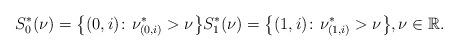
LaTeX: \begin{align*}S_0^*(\nu) = \big\{(0, i)\colon \nu^*_{(0, i)} > \nu\big\} S_1^*(\nu) = \big\{(1, i)\colon \nu^*_{(1, i)} > \nu\big\}, \nu \in \mathbb{R}.\end{align*}